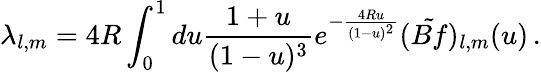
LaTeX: \lambda_{l,m}=4R\int_{0}^{1}du\frac{1+u}{(1-u)^{3}}e^{-\frac{4Ru}{(1-u)^{2}}}(\tilde{Bf})_{l,m}(u)\, .